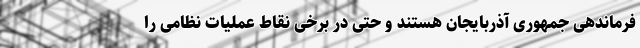
فرماندهی جمهوری آذربایجان هستند و حتی در برخی نقاط عملیات نظامی را